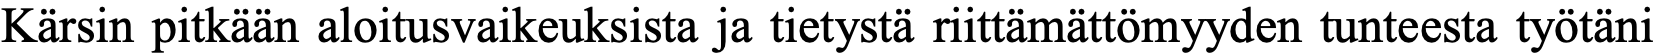
Kärsin pitkään aloitusvaikeuksista ja tietystä riittämättömyyden tunteesta työtäni